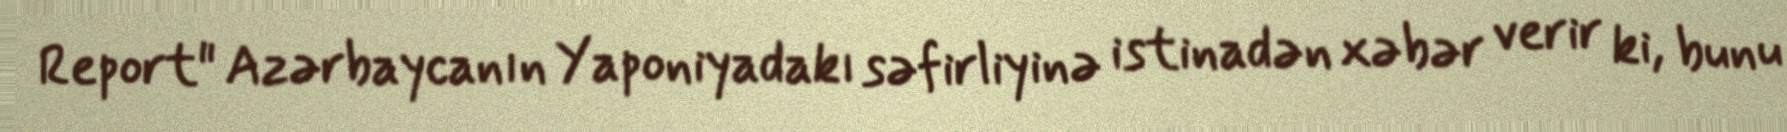
Report" Azərbaycanın Yaponiyadakı səfirliyinə istinadən xəbər verir ki, bunu